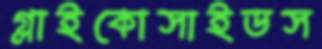
গ্লাইকোসাইডস